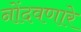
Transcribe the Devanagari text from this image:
नोंदवणारे